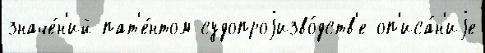
значе́н'ий пат'е́нтом судопроjизво́дств'е оп'иса́н'иjе